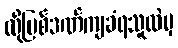
ထိုပြစ်ဒဏ်ကျခံရသူထဲမှ